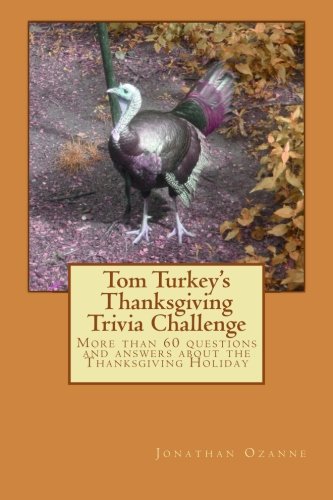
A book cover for Tom Turkey's Thanksgiving Trivia Challenge: More than 60 questions and answers about the Thanksgiving Holiday; Jonathan Ozanne; Politics & Social Sciences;